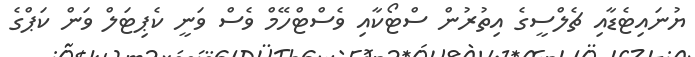
ޔުނައިޓެޑާއި ޗެލްސީގެ އިތުރުން ސްޓޯކާއި ވެސްޓްހޭމް ވެސް ވަނީ ކެޕިޓަލް ވަން ކަޕްގެ